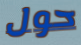
حول